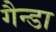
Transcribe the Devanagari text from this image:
गैन्डा